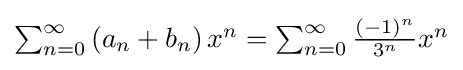
{\textstyle \sum _{n=0}^{\infty }\left(a_{n}+b_{n}\right)x^{n}=\sum _{n=0}^{\infty }{\frac {(-1)^{n}}{3^{n}}}x^{n}}